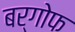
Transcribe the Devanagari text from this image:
बर्गोफ